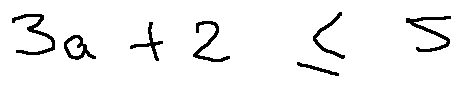
3 a + 2 \leq 5